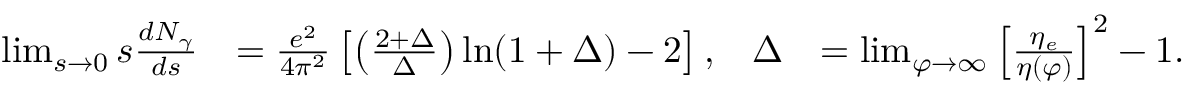
\begin{array} { r l r l } { \operatorname* { l i m } _ { s \to 0 } s \frac { d N _ { \gamma } } { d s } } & { = \frac { e ^ { 2 } } { 4 \pi ^ { 2 } } \left[ \left( \frac { 2 + \Delta } { \Delta } \right) \ln ( 1 + \Delta ) - 2 \right] , } & { \Delta } & { = \operatorname* { l i m } _ { \varphi \to \infty } \left[ \frac { \eta _ { e } } { \eta ( \varphi ) } \right] ^ { 2 } - 1 . } \end{array}